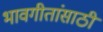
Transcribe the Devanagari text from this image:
भावगीतांसाठी